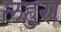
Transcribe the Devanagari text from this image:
लहुरा